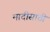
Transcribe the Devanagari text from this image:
मादीसाठी